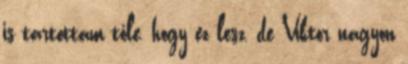
is tartottam tőle, hogy ez lesz, de Viktor nagyon